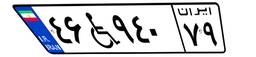
۲۱W۸۴۰۰۵